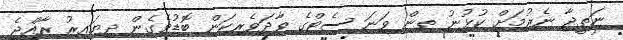
ނަތީޖާ ނެރުމަށް ކުޅުނު ތިން ވަނަ ސެޓްގެ ވާދަވެރިކަން ބޮޑުވެގެން ދިޔައިރު ރާއްޖެ